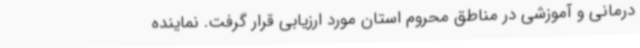
درمانی و آموزشی در مناطق محروم استان مورد ارزیابی قرار گرفت. نماینده